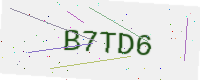
Text: B7TD6